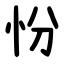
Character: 㤋